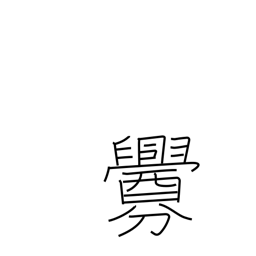
Meaning: smear with blood